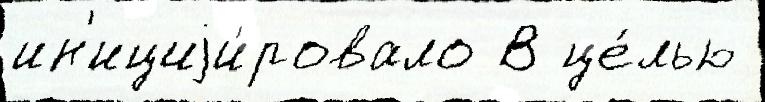
ин'ициjи́ровало В це́лью